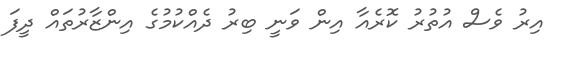
އިރު ވެސް އުތުރު ކޮރެއާ އިން ވަނީ ބިރު ދެއްކުމުގެ އިންޒާރުތައް ދީފަ